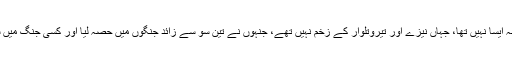
وجود کا کوئی حصہ ایسا نہیں تھا، جہاں نیزے اور تیروتلوار کے زخم نہیں تھے، جنہوں نے تین سو سے زائد جنگوں میں حصہ لیا اور کسی جنگ میں شکست نہیں کھائی۔